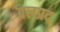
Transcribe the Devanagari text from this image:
बलप्रद